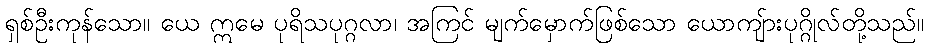
ရှစ်ဦးကုန်သော။ ယေ ဣမေ ပုရိသပုဂ္ဂလာ၊ အကြင် မျက်မှောက်ဖြစ်သော ယောကျ်ားပုဂ္ဂိုလ်တို့သည်။